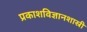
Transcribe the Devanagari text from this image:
प्रकाशविज्ञानशास्री